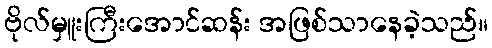
ဗိုလ်မှူးကြီးအောင်ဆန်း အဖြစ်သာနေခဲ့သည်။